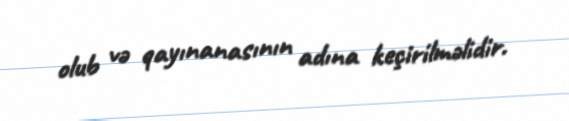
olub və qayınanasının adına keçirilməlidir.